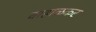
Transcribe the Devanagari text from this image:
वाहाळकर